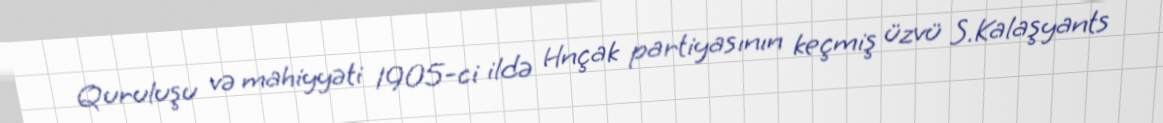
Quruluşu və mahiyyəti 1905-ci ildə Hnçak partiyasının keçmiş üzvü S.Kalaşyants